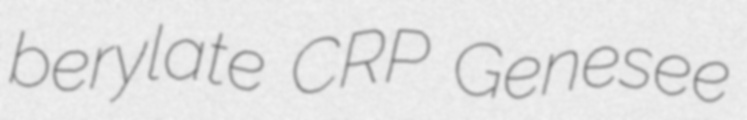
berylate CRP Genesee